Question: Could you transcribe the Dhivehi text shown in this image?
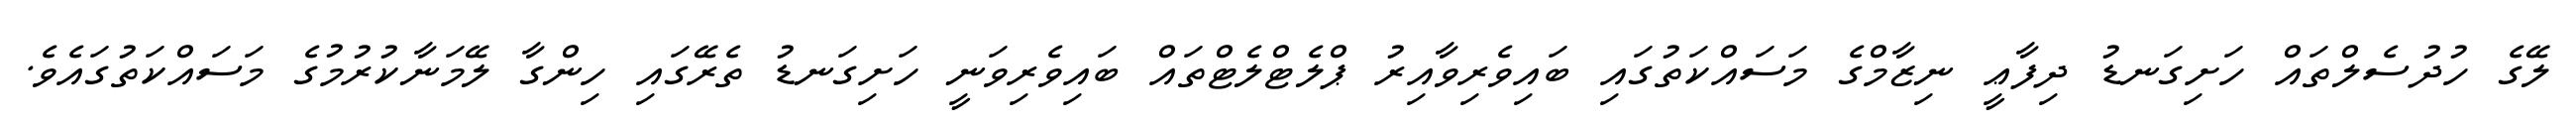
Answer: ލޭގެ ހުދުސެލްތައް ހަށިގަނޑު ދިފާޢީ ނިޒާމްގެ މަސައްކަތުގައި ބައިވެރިވާއިރު ޕްލެޓްލެޓްތައް ބައިވެރިވަނީ ހަށިގަނޑު ތެރޭގައި ހިންގާ ލޭމަނާކުރުމުގެ މަސައްކަތުގައެވެ.